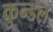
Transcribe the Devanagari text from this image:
कुन्डल